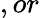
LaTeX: ,or